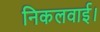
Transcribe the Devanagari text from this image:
निकलवाई।